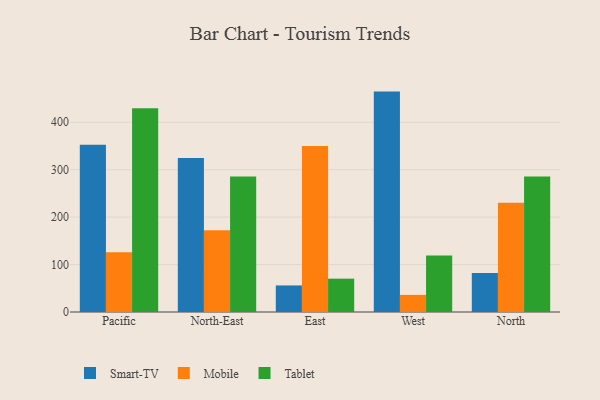
{"axis": {"x": "Region", "y": "Shipments"}, "legend": ["Mobile", "Smart-TV", "Tablet"], "data": [{"x": "Pacific", "y": 352.4, "type": "Smart-TV"}, {"x": "Pacific", "y": 126.0, "type": "Mobile"}, {"x": "Pacific", "y": 429.7, "type": "Tablet"}, {"x": "North-East", "y": 324.7, "type": "Smart-TV"}, {"x": "North-East", "y": 172.2, "type": "Mobile"}, {"x": "North-East", "y": 285.7, "type": "Tablet"}, {"x": "East", "y": 56.0, "type": "Smart-TV"}, {"x": "East", "y": 350.2, "type": "Mobile"}, {"x": "East", "y": 70.3, "type": "Tablet"}, {"x": "West", "y": 464.7, "type": "Smart-TV"}, {"x": "West", "y": 36.1, "type": "Mobile"}, {"x": "West", "y": 119.3, "type": "Tablet"}, {"x": "North", "y": 82.2, "type": "Smart-TV"}, {"x": "North", "y": 230.4, "type": "Mobile"}, {"x": "North", "y": 285.6, "type": "Tablet"}]}